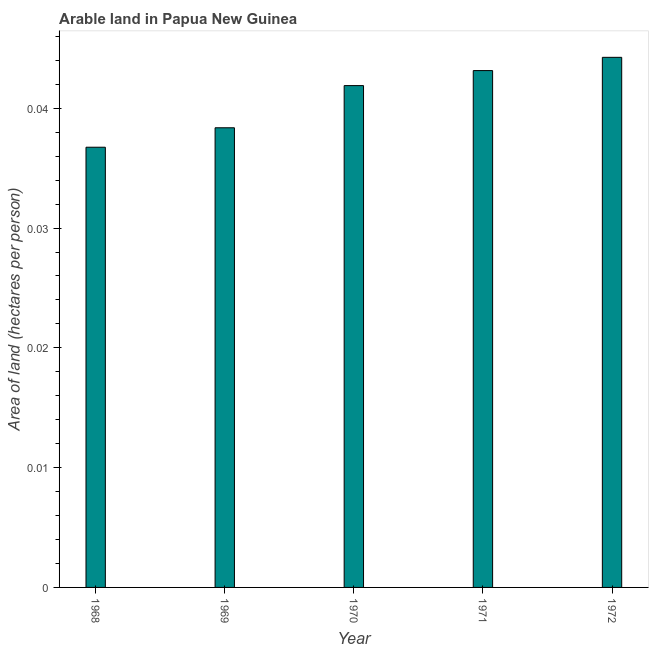
| Year | Arable land |
 | --- | --- |
 | 1968 | 0.0367 |
 | 1969 | 0.0384 |
 | 1970 | 0.0419 |
 | 1971 | 0.0431 |
 | 1972 | 0.0443 |